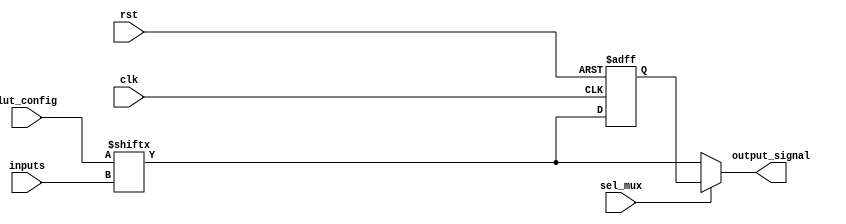
module ConfigurableLogicBlock (
    input wire [3:0] inputs,          // 4 input ports
    input wire [15:0] lut_config,     // LUT configuration (16 possible combinations for 4 inputs)
    input wire sel_mux,               // Multiplexer select signal
    input wire clk,                   // Clock signal for flip-flop
    input wire rst,                   // Reset signal
    output wire output_signal         // Output port
);

    // LUT implementation
    wire lut_output;
    assign lut_output = lut_config[{inputs[3], inputs[2], inputs[1], inputs[0]}];

    // Optional Flip-Flop
    reg ff_output;
    always @(posedge clk or posedge rst) begin
        if (rst) begin
            ff_output <= 1'b0; // Reset the flip-flop
        end else begin
            ff_output <= lut_output; // Store LUT output in flip-flop
        end
    end

    // Multiplexer to select between LUT output and flip-flop output
    assign output_signal = sel_mux ? ff_output : lut_output;

endmodule